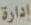
إدارة